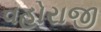
વહોરાજી